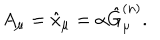
A _ { \mu } = \hat { x } _ { \mu } = \alpha \hat { G } _ { \mu } ^ { ( n ) } .